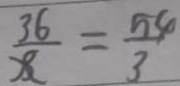
\frac { 3 6 } { x } = \frac { 5 4 } { 3 }